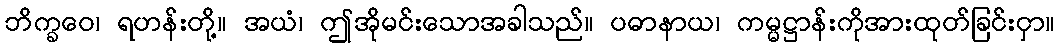
ဘိက္ခဝေ၊ ရဟန်းတို့။ အယံ၊ ဤအိုမင်းသောအခါသည်။ ပဓာနာယ၊ ကမ္မဋ္ဌာန်းကိုအားထုတ်ခြင်းငှာ။